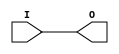
// $Header: /devl/xcs/repo/env/Databases/CAEInterfaces/verunilibs/data/unisims/BUF.v,v 1.5.158.1 2007/03/09 18:13:01 patrickp Exp $
///////////////////////////////////////////////////////////////////////////////
// Copyright (c) 1995/2004 Xilinx, Inc.
// All Right Reserved.
///////////////////////////////////////////////////////////////////////////////
//   ____  ____
//  /   /\/   /
// /___/  \  /    Vendor : Xilinx
// \   \   \/     Version : 8.1i (I.13)
//  \   \         Description : Xilinx Functional Simulation Library Component
//  /   /                  General Purpose Buffer
// /___/   /\     Filename : BUF.v
// \   \  /  \    Timestamp : Thu Mar 25 16:42:13 PST 2004
//  \___\/\___\
//
// Revision:
//    03/23/04 - Initial version.
// End Revision

`timescale  100 ps / 10 ps


module BUF (O, I);

    output O;

    input  I;

	buf B1 (O, I);


endmodule